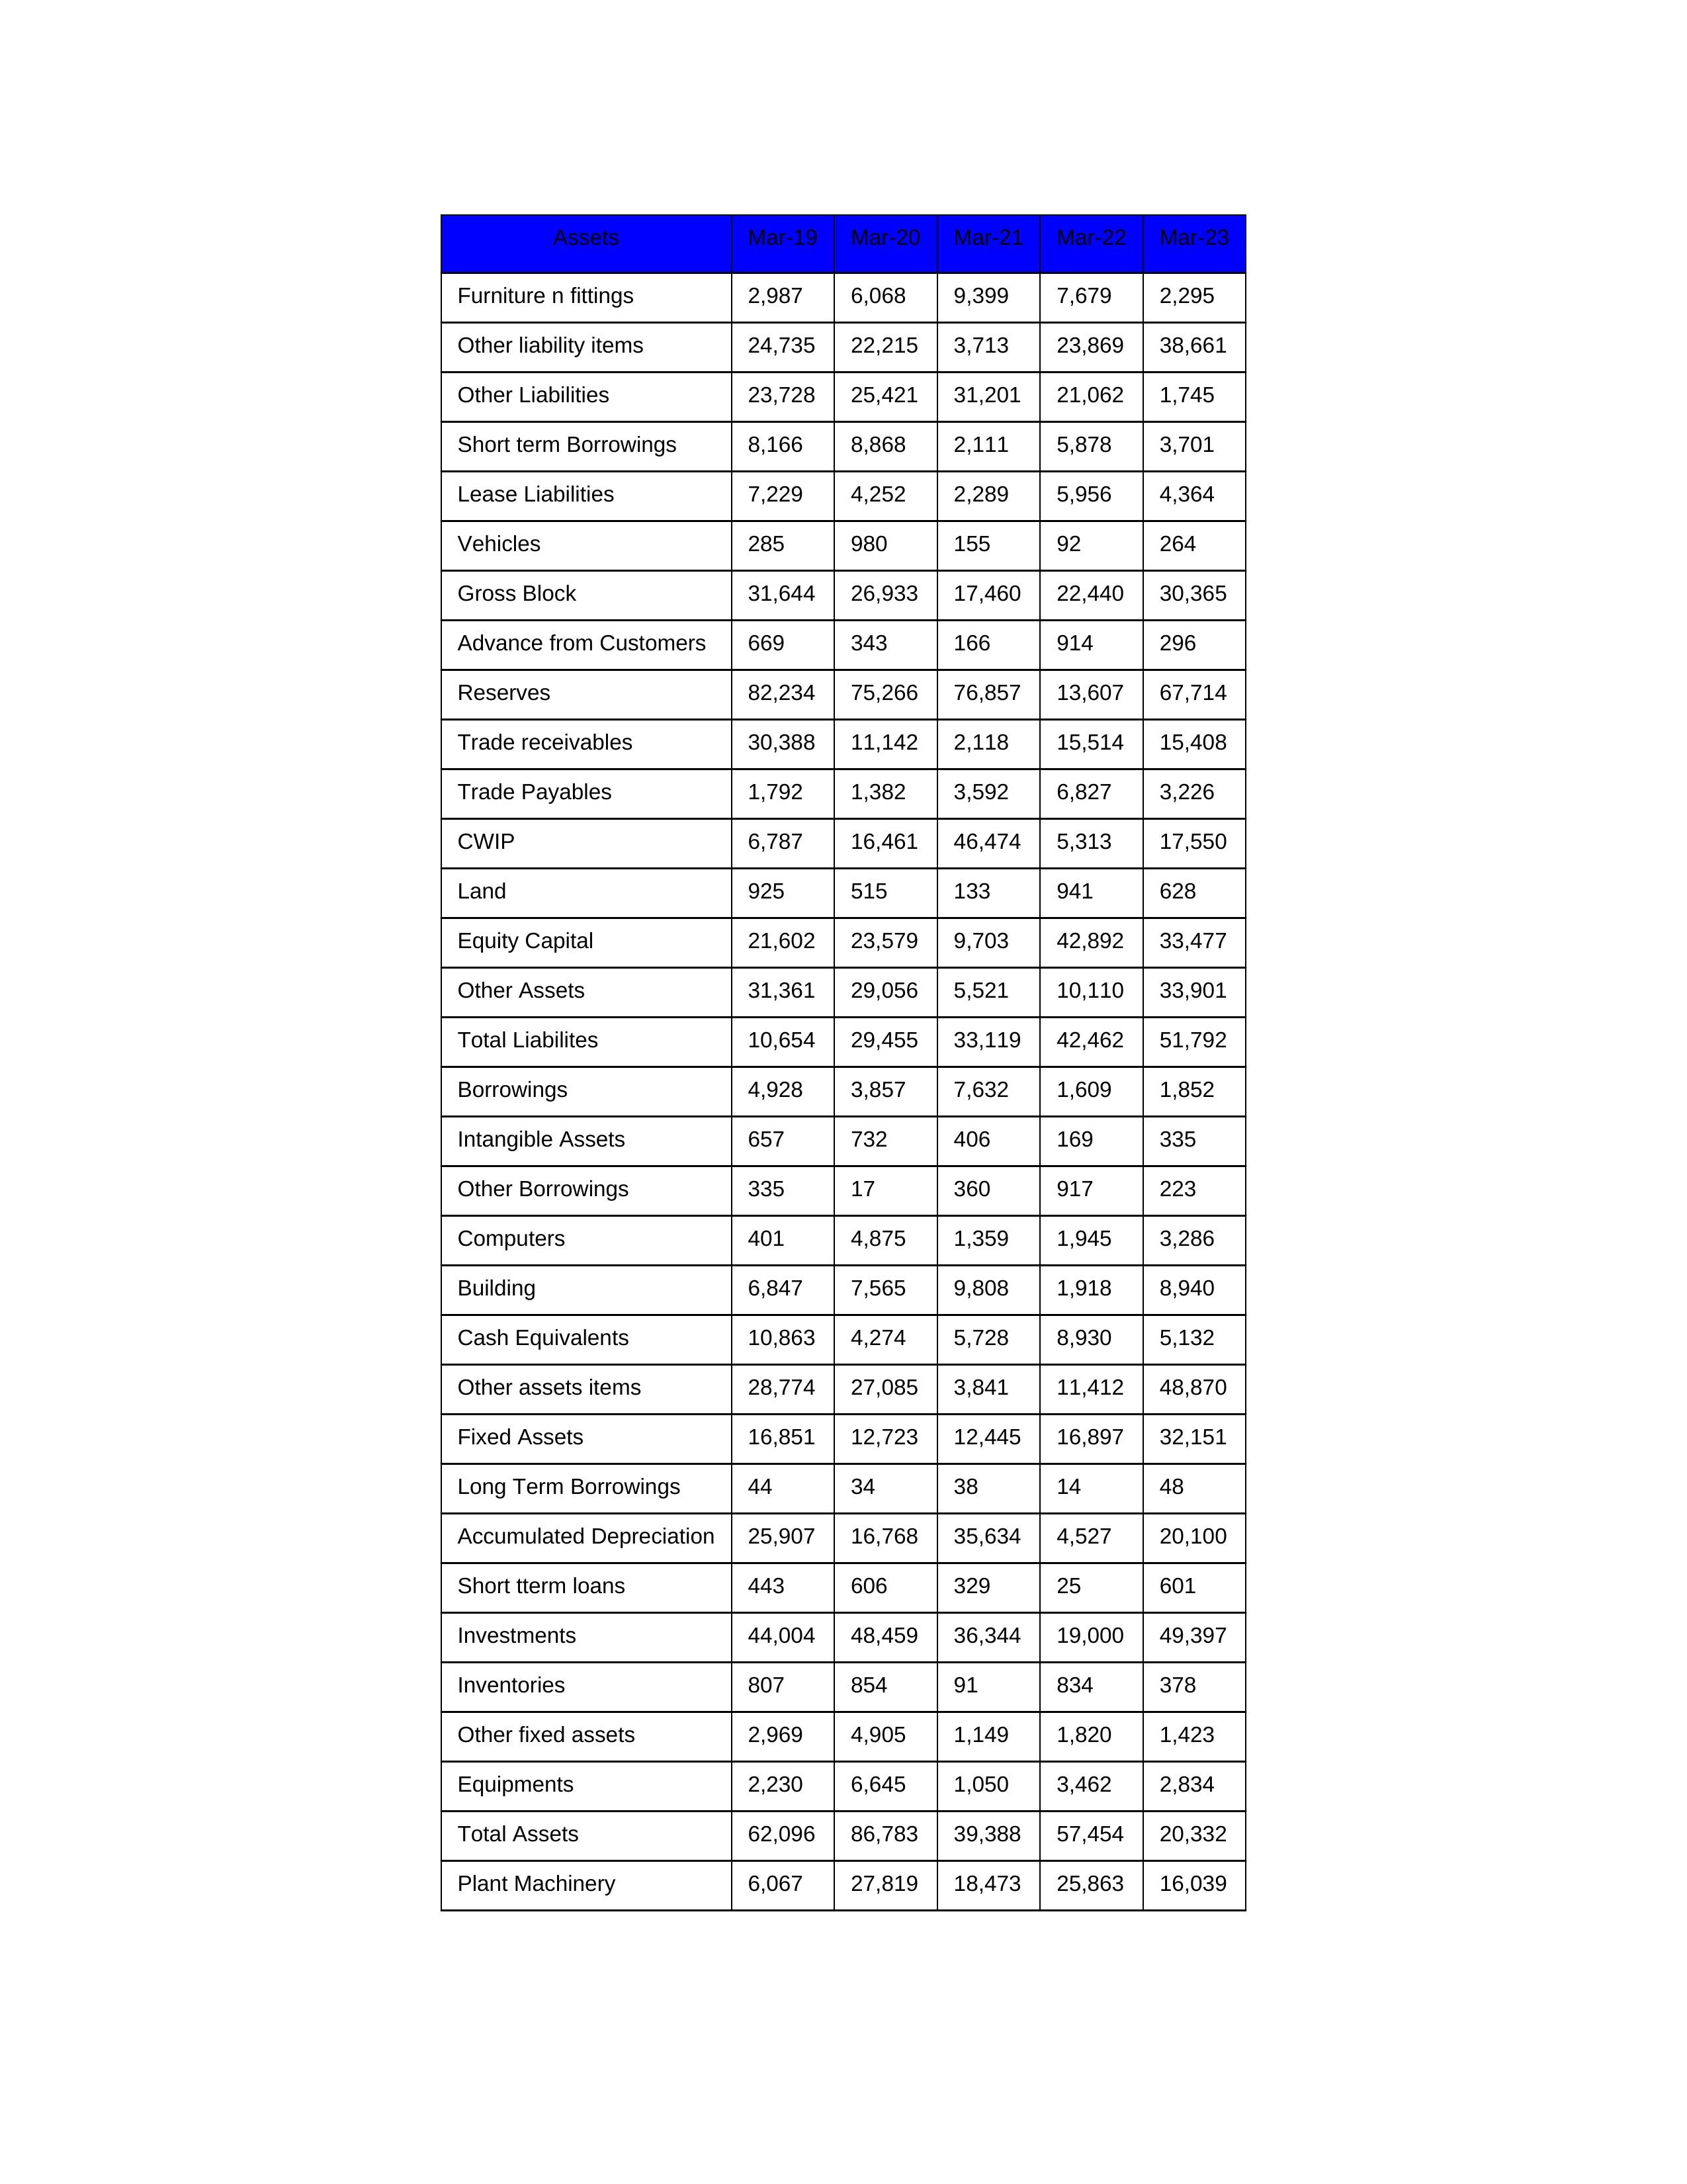
gt_parse: Mar-19: Equity Capital: 21,602
Reserves: 82,234
Borrowings: 4,928
Long Term Borrowings: 44
Short term Borrowings: 8,166
Lease Liabilities: 7,229
Other Borrowings: 335
Other Liabilities: 23,728
Trade Payables: 1,792
Advance from Customers: 669
Other liability items: 24,735
Total Liabilites: 10,654
Fixed Assets: 16,851
Land: 925
Building: 6,847
Plant Machinery: 6,067
Equipments: 2,230
Computers: 401
Furniture n fittings: 2,987
Vehicles: 285
Intangible Assets: 657
Other fixed assets: 2,969
Gross Block: 31,644
Accumulated Depreciation: 25,907
CWIP: 6,787
Investments: 44,004
Other Assets: 31,361
Inventories: 807
Trade receivables: 30,388
Cash Equivalents: 10,863
Short tterm loans: 443
Other assets items: 28,774
Total Assets: 62,096
Mar-20: Equity Capital: 23,579
Reserves: 75,266
Borrowings: 3,857
Long Term Borrowings: 34
Short term Borrowings: 8,868
Lease Liabilities: 4,252
Other Borrowings: 17
Other Liabilities: 25,421
Trade Payables: 1,382
Advance from Customers: 343
Other liability items: 22,215
Total Liabilites: 29,455
Fixed Assets: 12,723
Land: 515
Building: 7,565
Plant Machinery: 27,819
Equipments: 6,645
Computers: 4,875
Furniture n fittings: 6,068
Vehicles: 980
Intangible Assets: 732
Other fixed assets: 4,905
Gross Block: 26,933
Accumulated Depreciation: 16,768
CWIP: 16,461
Investments: 48,459
Other Assets: 29,056
Inventories: 854
Trade receivables: 11,142
Cash Equivalents: 4,274
Short tterm loans: 606
Other assets items: 27,085
Total Assets: 86,783
Mar-21: Equity Capital: 9,703
Reserves: 76,857
Borrowings: 7,632
Long Term Borrowings: 38
Short term Borrowings: 2,111
Lease Liabilities: 2,289
Other Borrowings: 360
Other Liabilities: 31,201
Trade Payables: 3,592
Advance from Customers: 166
Other liability items: 3,713
Total Liabilites: 33,119
Fixed Assets: 12,445
Land: 133
Building: 9,808
Plant Machinery: 18,473
Equipments: 1,050
Computers: 1,359
Furniture n fittings: 9,399
Vehicles: 155
Intangible Assets: 406
Other fixed assets: 1,149
Gross Block: 17,460
Accumulated Depreciation: 35,634
CWIP: 46,474
Investments: 36,344
Other Assets: 5,521
Inventories: 91
Trade receivables: 2,118
Cash Equivalents: 5,728
Short tterm loans: 329
Other assets items: 3,841
Total Assets: 39,388
Mar-22: Equity Capital: 42,892
Reserves: 13,607
Borrowings: 1,609
Long Term Borrowings: 14
Short term Borrowings: 5,878
Lease Liabilities: 5,956
Other Borrowings: 917
Other Liabilities: 21,062
Trade Payables: 6,827
Advance from Customers: 914
Other liability items: 23,869
Total Liabilites: 42,462
Fixed Assets: 16,897
Land: 941
Building: 1,918
Plant Machinery: 25,863
Equipments: 3,462
Computers: 1,945
Furniture n fittings: 7,679
Vehicles: 92
Intangible Assets: 169
Other fixed assets: 1,820
Gross Block: 22,440
Accumulated Depreciation: 4,527
CWIP: 5,313
Investments: 19,000
Other Assets: 10,110
Inventories: 834
Trade receivables: 15,514
Cash Equivalents: 8,930
Short tterm loans: 25
Other assets items: 11,412
Total Assets: 57,454
Mar-23: Equity Capital: 33,477
Reserves: 67,714
Borrowings: 1,852
Long Term Borrowings: 48
Short term Borrowings: 3,701
Lease Liabilities: 4,364
Other Borrowings: 223
Other Liabilities: 1,745
Trade Payables: 3,226
Advance from Customers: 296
Other liability items: 38,661
Total Liabilites: 51,792
Fixed Assets: 32,151
Land: 628
Building: 8,940
Plant Machinery: 16,039
Equipments: 2,834
Computers: 3,286
Furniture n fittings: 2,295
Vehicles: 264
Intangible Assets: 335
Other fixed assets: 1,423
Gross Block: 30,365
Accumulated Depreciation: 20,100
CWIP: 17,550
Investments: 49,397
Other Assets: 33,901
Inventories: 378
Trade receivables: 15,408
Cash Equivalents: 5,132
Short tterm loans: 601
Other assets items: 48,870
Total Assets: 20,332